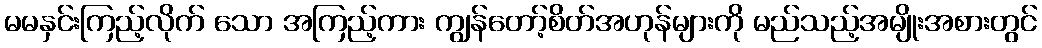
မမနှင်းကြည့်လိုက် သော အကြည့်ကား ကျွန်တော့်စိတ်အဟုန်များကို မည်သည့်အမျိုးအစားတွင်